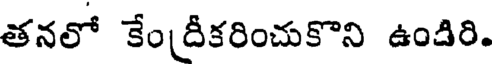
తనలో కేంద్రీకరించుకొని ఉండిరి.